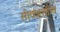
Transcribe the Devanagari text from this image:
सीवशक्तीच